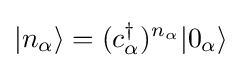
|n_{\alpha }\rangle =(c_{\alpha }^{\dagger })^{n_{\alpha }}|0_{\alpha }\rangle